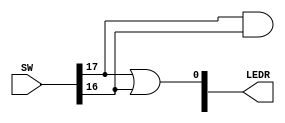
module exemplo (SW, LEDR);
input [0:17] SW;
output [0:9] LEDR;

assign LEDR[0] = SW[0] & SW[1];
assign LEDR[9] = SW[0] | SW[1];

endmodule